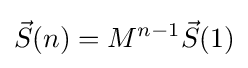
{\vec {S}}(n)=M^{n-1}{\vec {S}}(1)